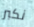
نكبر